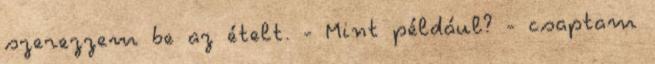
szerezzem be az ételt. - Mint például? - csaptam